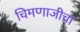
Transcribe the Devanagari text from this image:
चिमणाजीचा